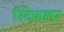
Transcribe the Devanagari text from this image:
स्टिफ़लर